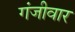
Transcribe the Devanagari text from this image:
गंजीवार